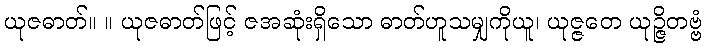
ယုဇဓာတ်။ ။ ယုဇဓာတ်ဖြင့် ဇအဆုံးရှိသော ဓာတ်ဟူသမျှကိုယူ၊ ယုဇ္ဇတေ ယုဉ္ဇိတဗ္ဗံ